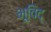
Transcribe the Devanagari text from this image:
भूविद्